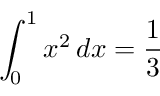
\int _ { 0 } ^ { 1 } x ^ { 2 } \, d x = { \frac { 1 } { 3 } }